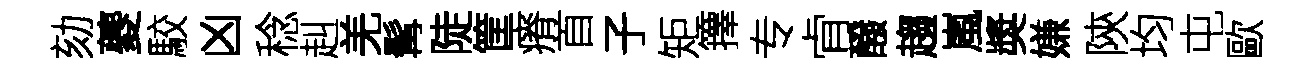
劾夔駮凶稔赳羌髯陡筐瘠首子矩籜专肻醱趨嵐奬嫌陝均屯歐